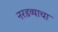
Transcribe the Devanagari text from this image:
नरडव्याचा